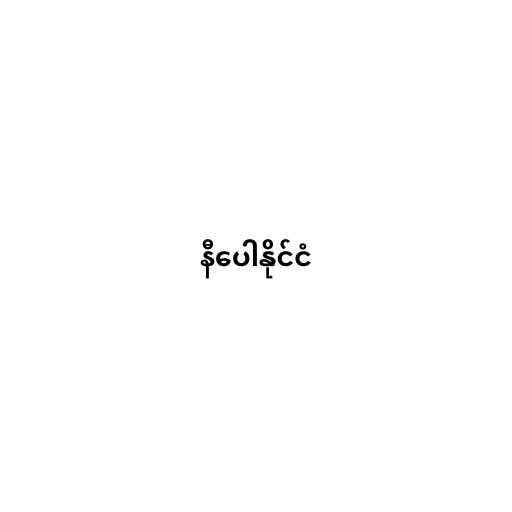
နီပေါနိုင်ငံ